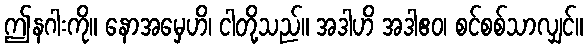
ဤနဂါးကို။ နောအမှေဟိ၊ ငါတို့သည်။ အဒါဟိ အဒါဧဝ၊ စင်စစ်သာလျှင်။